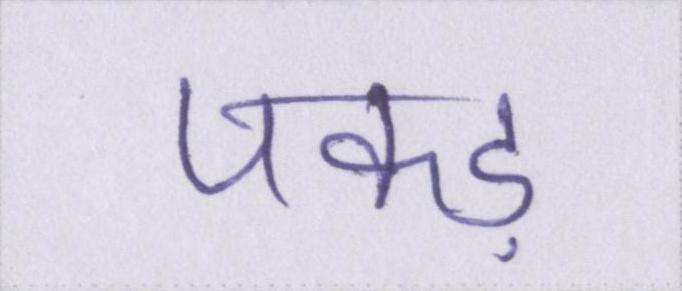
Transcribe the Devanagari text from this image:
पकड़